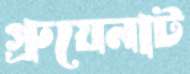
গ্রুয়েনাট